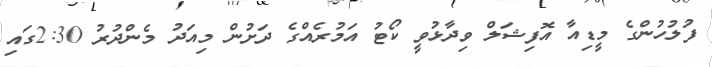
ފުލުހުންގެ މީޑިއާ އޮފިޝަލް ވިދާޅުވީ ކޯޓު އަމުރެއްގެ ދަށުން މިއަދު މެންދުރު 2:30ގައި